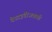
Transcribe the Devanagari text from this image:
वेस्टइंडीजवासी